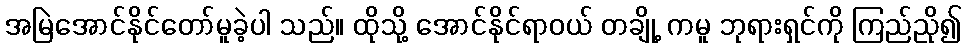
အမြဲအောင်နိုင်တော်မူခဲ့ပါ သည်။ ထိုသို့ အောင်နိုင်ရာဝယ် တချို့ ကမူ ဘုရားရှင်ကို ကြည်ညို၍